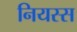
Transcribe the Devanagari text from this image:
नियस्स